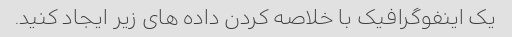
یک اینفوگرافیک با خلاصه کردن داده های زیر ایجاد کنید.